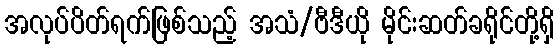
အလုပ်ပိတ်ရက်ဖြစ်သည့် အသံ/ဗီဒီယို မိုင်းဆတ်ခရိုင်တို့ရှိ